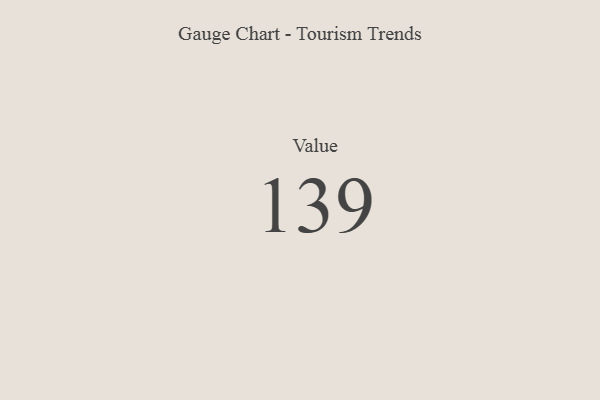
{"axis": {"x": "Metric", "y": "Value"}, "legend": [""], "data": [{"x": "Value", "y": 139, "type": ""}]}